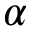
\alpha